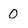
Character: 0